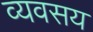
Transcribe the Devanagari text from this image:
व्यवसय